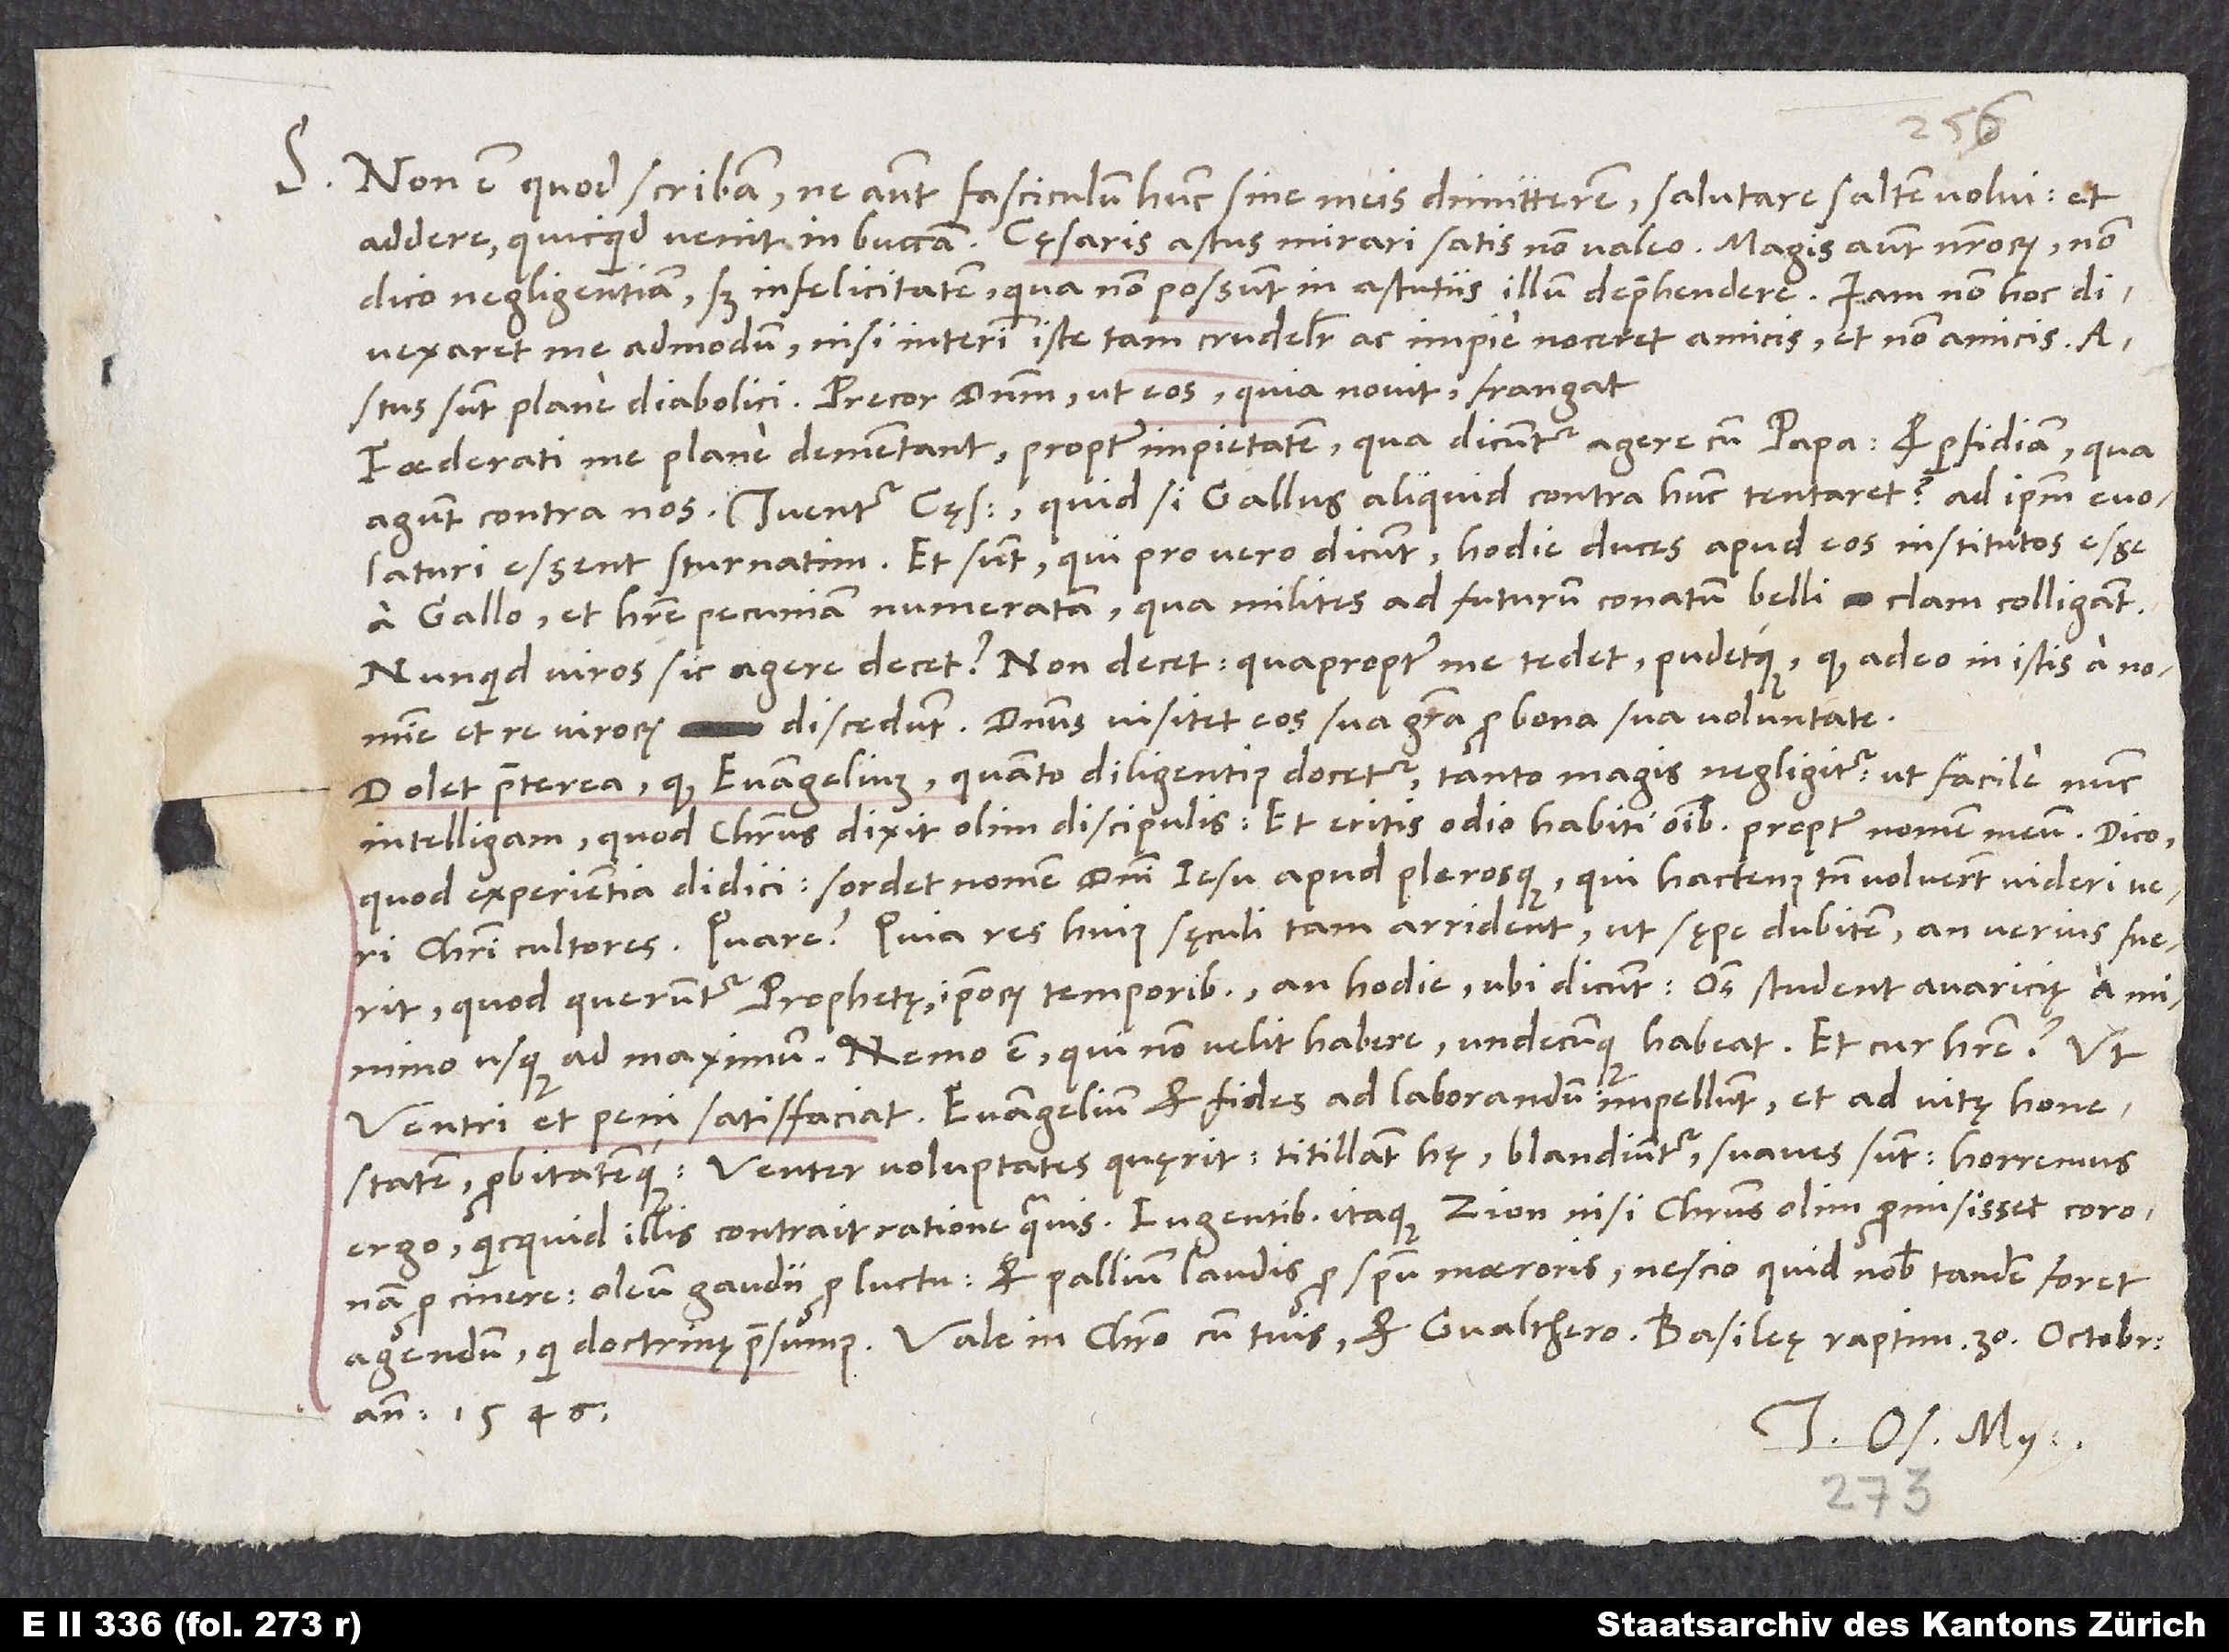
S.

Non est, quod scribam. Ne autem fasciculum hunc sine meis dimitterem, salutare saltem volui et
dico negligentiam, sed infelicitatem, qua non possunt in astutiis illum deprehendere. Iam non hoc
divexaret me admodum, nisi interim iste tam crudeliter ac impie noceret amicis et non amicis.
sunt plane diabolici! Precor dominum, ut eos (quia novit) frangat.
Foederati me plane dementant propter impietatem, qua dicuntur agere cum papa, et perfidiam, qua
agunt contra nos. Tuentur cęsarem. Quid si Gallus aliquid contra hunc tentaret? Ad ipsum evolaturi
essent sturnatim. Et sunt, qui pro vero dicunt hodie duces apud eos institutos esse
a Gallo et habere pecuniam numeratam, qua milites ad futurum conatum belli clam colligant.
Nunquid viros sic agere decet? Non decet! Quapropter me tedet pudetque, quod adeo in istis a nomine
et re virorum discedunt. Dominus visitet eos sua gratia pro bona sua voluntate.
Dolet praeterea, quod evangelium, quanto diligentius docetur, tanto magis negligitur, ut facile nunc
intelligam, quod Christus dixit olim discipulis: „Et eritis odio habiti omnibus propter nomen meum“. Dico,
quod experientia didici. Sordet nomen domini Iesu apud plerosque, qui hactenus tamen voluerunt videri veri
Christi cultores. Quare? Quia res huius sęculi tam arrident, ut sępe dubitem, an verius fuerit,
quod queruntur prophetę, ipsorum temporibus, an hodie, ubi dicunt: „Omnes student avaricię a minimo
usque ad maximum“. Nemo est, qui non velit habere, undecunque habeat. Et cur habere? Ut
ventri et peni satisfaciat. Evangelium et fides ad laborandum impellunt et ad vitę honestatem
probitatemque. Venter voluptates quęrit. Titillant hę, blandiuntur, suaves sunt. Horremus
ergo, quicquid illis contrait ratione quavis. Lugentibus itaque Zion nisi Christus olim promisisset coronam
pro cinere, oleum gaudii pro luctu et pallium laudis pro spiritu maeroris, nescio quid nobis tandem foret
anno 1546.
Tuus Os. My.